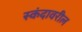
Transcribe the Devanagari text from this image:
स्कंदावरील